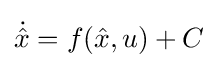
{\dot {\hat {x}}}=f({\hat {x}},u)+C